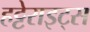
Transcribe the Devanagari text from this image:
हट्टेराइट्स